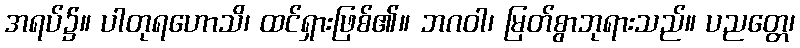
အရပ်၌။ ပါတုရဟောသိ၊ ထင်ရှားဖြစ်၏။ ဘဂဝါ၊ မြတ်စွာဘုရားသည်။ ပညတ္တေ၊